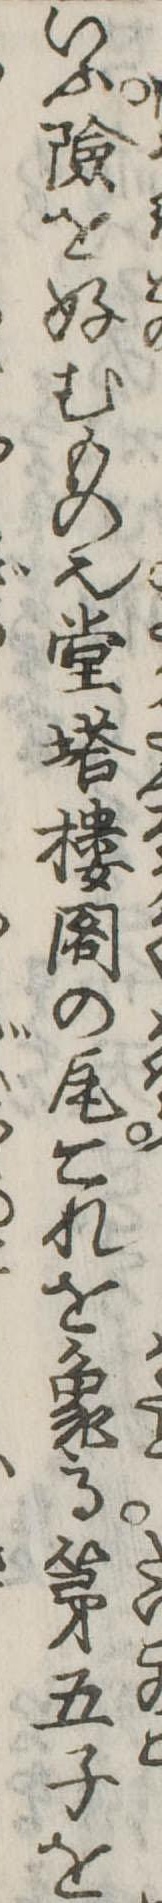
いふ険を好むもの也堂塔楼閣の瓦これを象る第五子を